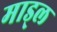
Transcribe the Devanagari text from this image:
माड्ल